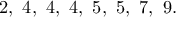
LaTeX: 2 , \ 4 , \ 4 , \ 4 , \ 5 , \ 5 , \ 7 , \ 9 .